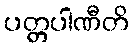
ပတ္တပါဏီတိ